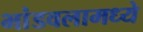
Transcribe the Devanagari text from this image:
भांडवलामध्ये